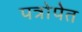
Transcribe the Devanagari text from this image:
पत्रोपेत